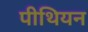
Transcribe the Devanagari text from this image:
पीथियन